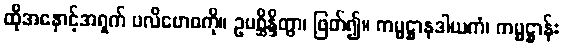
ထိုအနှောင့်အရှက် ပလိဗောဓကို။ ဥပစ္ဆိန္ဒိတွာ၊ ဖြတ်၍။ ကမ္မဋ္ဌာနဒါယကံ၊ ကမ္မဋ္ဌာန်း